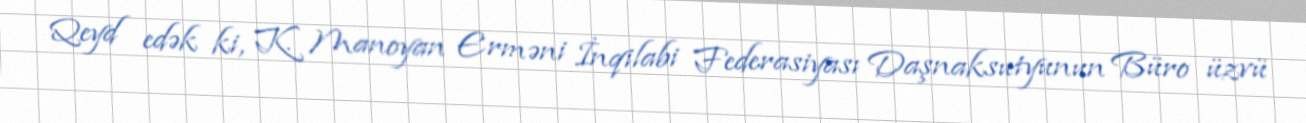
Qeyd edək ki, K. Manoyan Erməni İnqilabi Federasiyası Daşnaksutyunun Büro üzvü